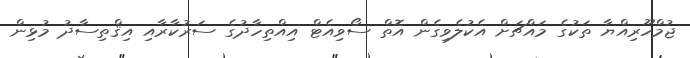
ޖުމްހޫރިއްޔާ ތަކުގެ މައްޗަށް އެކުލެވިގެން އޮތް ސޯވިއެޓް އިއްތިހާދުގެ ސަރުކާރާއި އިޤްތިސާދު މުޅިން